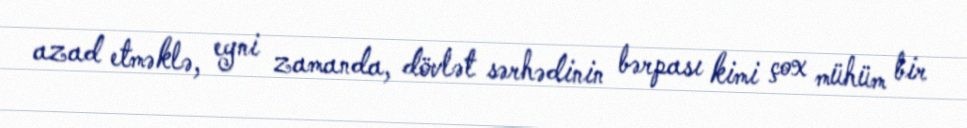
azad etməklə, eyni zamanda, dövlət sərhədinin bərpası kimi çox mühüm bir